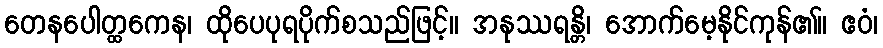
တေနပေါတ္ထကေန၊ ထိုပေပုရပိုက်စသည်ဖြင့်။ အနုဿရန္တိ၊ အောက်မေ့နိုင်ကုန်၏။ ဧဝံ၊